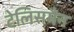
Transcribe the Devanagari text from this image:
टेलिसमैन